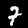
Label: 7